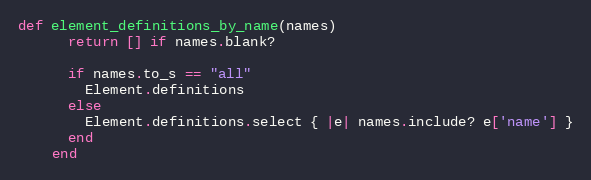
Language: Ruby
def element_definitions_by_name(names)
      return [] if names.blank?

      if names.to_s == "all"
        Element.definitions
      else
        Element.definitions.select { |e| names.include? e['name'] }
      end
    end